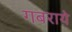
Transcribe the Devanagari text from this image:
गबराये